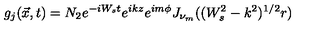
g _ { j } ( \vec { x } , t ) = N _ { 2 } e ^ { - i W _ { s } t } e ^ { i k z } e ^ { i m \phi } J _ { \nu _ { m } } ( ( W _ { s } ^ { 2 } - k ^ { 2 } ) ^ { 1 / 2 } r )